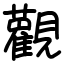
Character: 𫟜